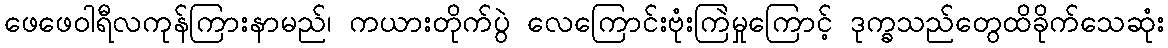
ဖေဖေဝါရီလကုန်ကြားနာမည်၊ ကယားတိုက်ပွဲ လေကြောင်းဗုံးကြဲမှုကြောင့် ဒုက္ခသည်တွေထိခိုက်သေဆုံး